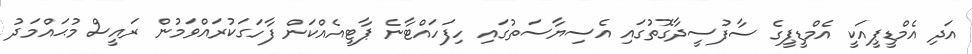
އަދި އެމްޑީޕީއަކީ އެމްޑީޕީގެ ސާފުސީދާގޮތުގައި އެސިޔާސަތުގައި ހިފަހައްޓާނެ ޕާޓީއެއްކަން ފާހަގަކުރައްވަމުން ރައީސް މުޙައްމަދު